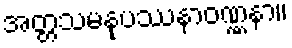
အတ္တသမနုပဿနာဝဏ္ဏနာ။